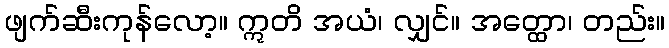
ဖျက်ဆီးကုန်လော့။ ဣတိ အယံ၊ လျှင်။ အတ္ထော၊ တည်း။